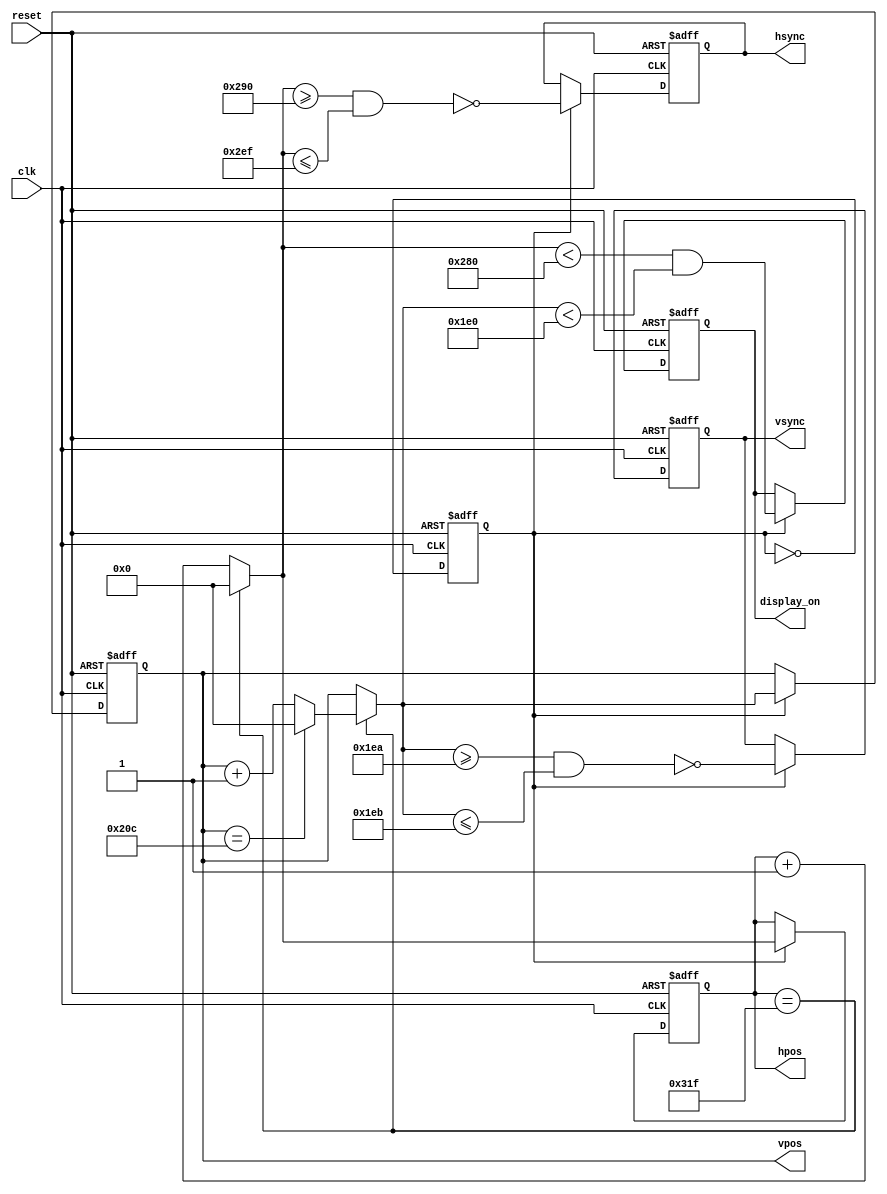
//
//  Derived from:
//
//  1. Designing Video Game Hardware in Verilog by Hugg Steven
//  https://8bitworkshop.com
//  
//  2. ZEOWAA board examples on AliExpress
//
//  3. An article on VGA controller by Scott Larson
//  https://www.digikey.com/eewiki/pages/viewpage.action?pageId=15925278
//
//  Video sync generator, used to drive a simulated CRT.
//
//  To use:
//
//      - Wire the hsync and vsync signals to top level outputs
//      - Add a 3-bit (or more) "rgb" output to the top level
//

module hvsync_generator
(
  input            clk,
  input            reset,
  output reg       hsync,
  output reg       vsync,
  output reg       display_on,
  output reg [9:0] hpos,
  output reg [9:0] vpos
);

  // horizontal constants

  parameter H_DISPLAY       = 640; // horizontal display width
  parameter H_FRONT         =  16; // horizontal right border (front porch)
  parameter H_SYNC          =  96; // horizontal sync width
  parameter H_BACK          =  48; // horizontal left border (back porch)

  // vertical constants

  parameter V_DISPLAY       = 480; // vertical display height
  parameter V_BOTTOM        =  10; // vertical bottom border
  parameter V_SYNC          =   2; // vertical sync # lines
  parameter V_TOP           =  33; // vertical top border

  // derived constants

  parameter H_SYNC_START    = H_DISPLAY + H_FRONT;
  parameter H_SYNC_END      = H_DISPLAY + H_FRONT  + H_SYNC          - 1;
  parameter H_MAX           = H_DISPLAY + H_FRONT  + H_SYNC + H_BACK - 1;
  
  parameter V_SYNC_START    = V_DISPLAY + V_BOTTOM;
  parameter V_SYNC_END      = V_DISPLAY + V_BOTTOM + V_SYNC          - 1;
  parameter V_MAX           = V_DISPLAY + V_BOTTOM + V_SYNC + V_TOP  - 1;

  // calculating next values of the counters

  reg [9:0] d_hpos;
  reg [9:0] d_vpos;

  always @*
    if (hpos == H_MAX)
    begin
      d_hpos = 0;
      
      if (vpos == V_MAX)
        d_vpos = 0;
      else
        d_vpos = vpos + 1;
    end
    else
    begin
      d_hpos = hpos + 1;
      d_vpos = vpos;
    end

  // enable to divide clock from 50 MHz to 25 MHz

  reg clk_en;
  
  always @ (posedge clk or posedge reset)
    if (reset)
      clk_en <= 0;
    else
      clk_en <= ~ clk_en;

  // making all outputs registered

  always @ (posedge clk or posedge reset)
    if (reset)
    begin
      hsync       <= 0;
      vsync       <= 0;
      display_on  <= 0;
      hpos        <= 0;
      vpos        <= 0;
    end
    else if (clk_en)
    begin
      hsync       <= ~ ( d_hpos >= H_SYNC_START && d_hpos <= H_SYNC_END );
      vsync       <= ~ ( d_vpos >= V_SYNC_START && d_vpos <= V_SYNC_END );

      display_on  <=   ( d_hpos <  H_DISPLAY    && d_vpos <  V_DISPLAY  );
      
      hpos        <= d_hpos;
      vpos        <= d_vpos;
    end

endmodule